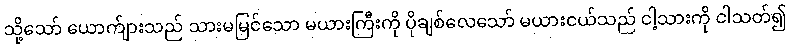
သို့သော် ယောက်ျားသည် သားမမြင်သော မယားကြီးကို ပိုချစ်လေသော် မယားငယ်သည် ငါ့သားကို ငါသတ်၍